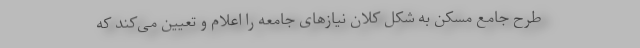
طرح جامع مسکن به شکل کلان نیازهای جامعه را اعلام و تعیین می‌کند که